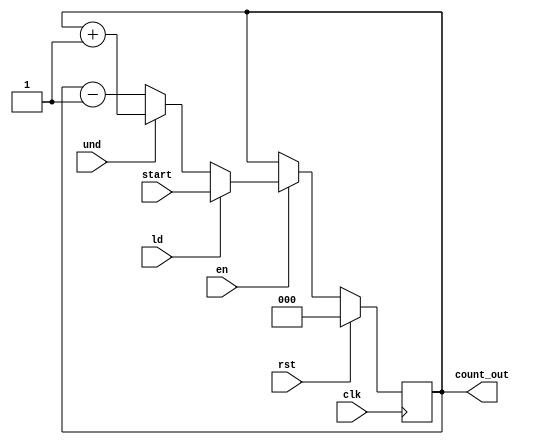
`timescale 1ns / 1ps
//////////////////////////////////////////////////////////////////////////////////
// Company: 
// Engineer: 
// 
// Design Name: 
// Module Name: ud_counter
// Project Name: 
// Target Devices: 
// Tool Versions: 
// Description: 
// 
// Dependencies: 
// 
// Revision:
// Revision 0.01 - File Created
// Additional Comments:
// 
//////////////////////////////////////////////////////////////////////////////////


module ud_counter(input clk, und, ld, rst, en,
	input[2:0] start,
	output reg [2:0] count_out

    );

always@(posedge clk) begin
			if(rst)  count_out=3'b000; //Synchronous reset
			else if(en) begin
			     if(ld) count_out=start;
			     else if (und) count_out=count_out+3'b01;
			     else count_out=count_out-3'b01;
			    end 
			 else count_out=count_out; 
	 
	 
//    case({rst,ld,en,und})
//        1000: count_out=2'b00;//reset
//        0100: count_out=start; //loaded
//        0011: begin if(count_out==2'b11) begin  count_out=2'b00; end else count_out=count_out+2'b01; end //increment
//        0001: begin if(count_out==2'b00) begin  count_out=2'b11; end else count_out=count_out-2'b01;  end//decrement
//        default: count_out=count_out;
//    endcase
end
endmodule